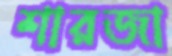
শারজা